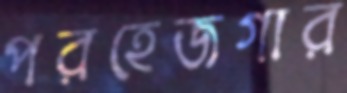
পরহেজগার